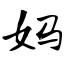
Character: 妈